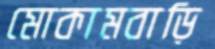
মোকামবাড়ি